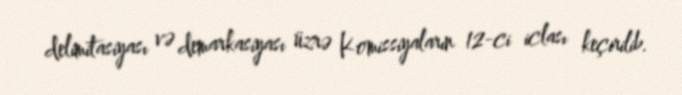
delimitasiyası və demarkasiyası üzrə Komissiyaların 12-ci iclası keçirilib.